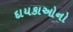
દાયકાઓનો